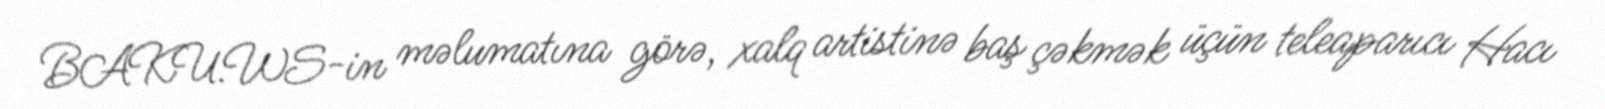
BAKU.WS-in məlumatına görə, xalq artistinə baş çəkmək üçün teleaparıcı Hacı